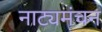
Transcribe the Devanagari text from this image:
नाट्यमंचन